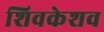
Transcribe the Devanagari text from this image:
शिवकेशव